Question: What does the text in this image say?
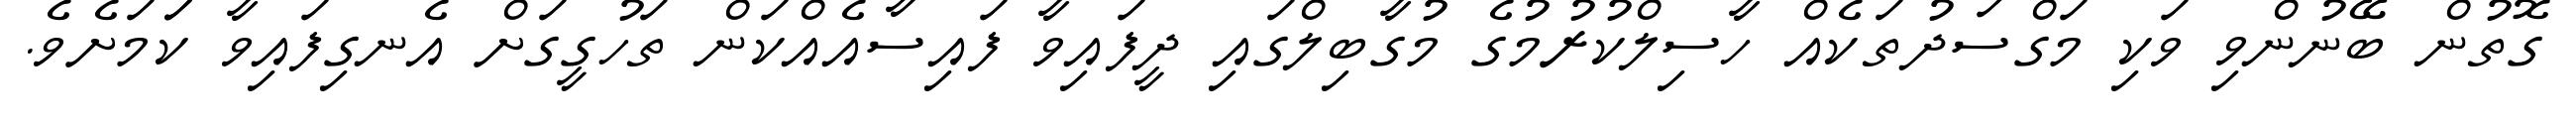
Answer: ގޮތުން ބޭނުންވި ވަކި މަގްސަދުތަކެއް ހާސިލްކުރުމުގެ މުގާބިލްގައި ދީފައިވާ ފައިސާއެއްކަން ތަހުގީގަށް އެނގިފައިވާ ކަަމަށެވެ.